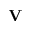
\mathbf { V }